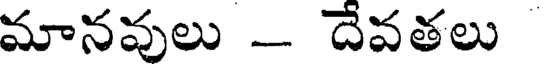
మానవులు - దేవతలు